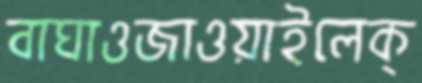
বাঘাওজাওয়াইলেক্